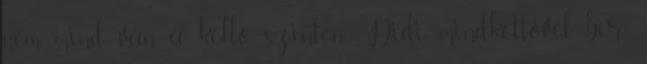
nem mind van a kellő szinten. Didi mindkettővel bír: